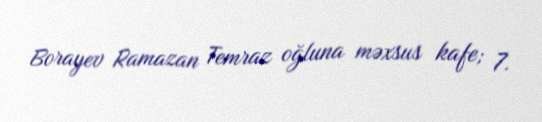
Borayev Ramazan Temraz oğluna məxsus kafe; 7.